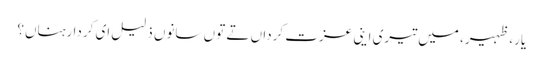
یار، ظہیر، میں تیری اینی عزت کرداں تے توں سانوں ذلیل ای کردا رہناں؟